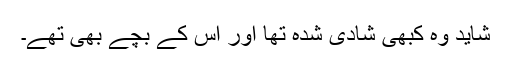
شاید وہ کبھی شادی شدہ تھا اور اس کے بچے بھی تھے۔